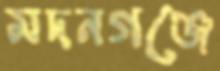
মদনগঞ্জে